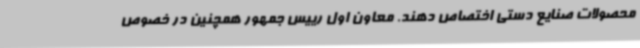
محصولات صنایع دستی اختصاص دهند. معاون اول رییس جمهور همچنین در خصوص